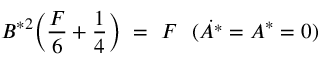
B ^ { * 2 } \Big ( \frac { F } { 6 } + \frac { 1 } { 4 } \Big ) \ = \ F \ \ ( \Dot { A ^ { * } } = A ^ { * } = 0 )